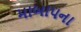
માબાપના